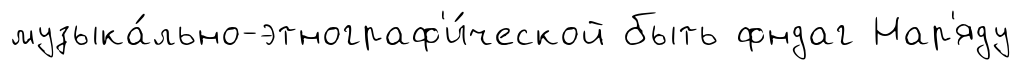
музыка́льно-этнограф'и́ческой быть фндаг Нар'яду